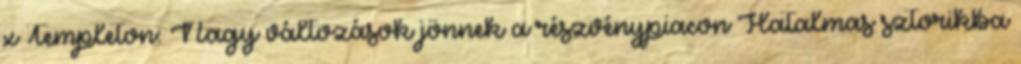
x Templeton: Nagy változások jönnek a részvénypiacon Hatalmas sztorikba